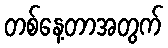
တစ်နေ့တာအတွက်